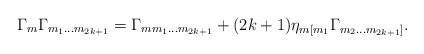
\begin{align*}\Gamma_m \Gamma_{m_{1}\ldots m_{2k+1}} = \Gamma_{mm_{1}\ldots m_{2k+1}} +(2k+1) \eta_{m[m_{1}} \Gamma_{m_{2}\ldots m_{2k+1}]}.\end{align*}